Sketch of the medical history of the native army of Bombay, for the year
Year: 1870
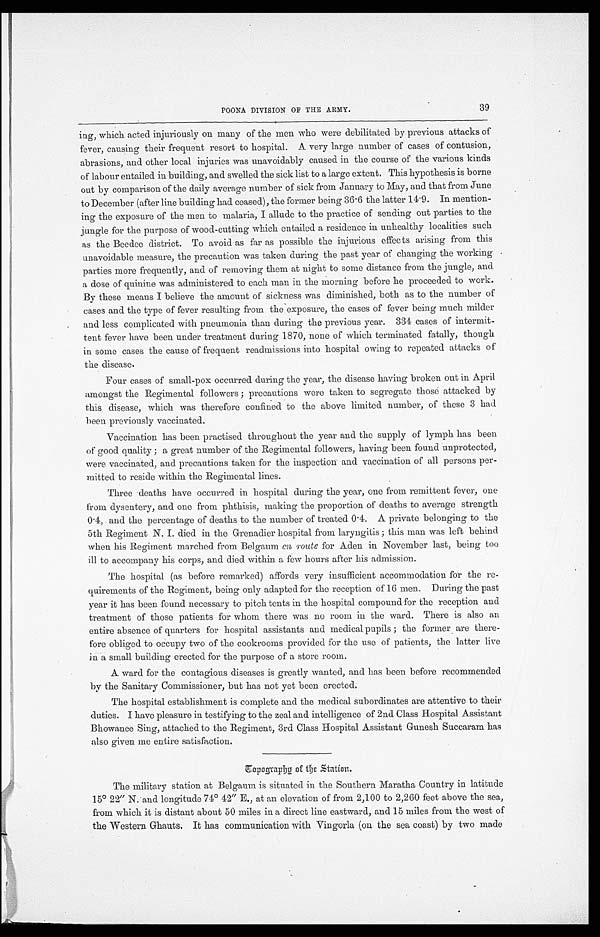
39
POONA DIVISION OF THE ARMY.
ing, which acted injuriously on many of the men who were debilitated by previous attacks of
fever, causing their frequent resort to hospital. A very large number of cases of contusion,
abrasions, and other local injuries was unavoidably caused in the course of the various kinds
of labour entailed in building, and swelled the sick list to a large extent. This hypothesis is borne
out by comparison of the daily average number of sick from January to May, and that from June
to December (after line building had ceased), the former being 36.6 the latter 14.9. In mention
-ing the exposure of the men to malaria, I allude to the practice of sending out parties to the
jungle for the purpose of wood-cutting which entailed a residence in unhealthy localities such
as the Beedee district. To avoid as far as possible the injurious effects arising from this
unavoidable measure, the precaution was taken during the past year of changing the working
parties more frequently, and of removing them at night to some distance from the jungle, and
a dose of quinine was administered to each man in the morning before he proceeded to work.
By these means I believe the amount of sickness was diminished, both as to the number of
cases and the type of fever resulting from the exposure, the cases of fever being much milder
and less complicated with pneumonia than during the previous year. 334 cases of intermit
-tent fever have been under treatment during 1870, none of which terminated fatally, though
in some cases the cause of frequent readmissions into hospital owing to repeated attacks of
the disease.
Four cases of small-pox occurred during the year, the disease having broken out in April
amongst the Regimental followers; precautions were taken to segregate those attacked by
this disease, which was therefore confined to the above limited number, of these 3 had
been previously vaccinated.
Vaccination has been practised throughout the year and the supply of lymph has been
of good quality; a great number of the Regimental followers, having been found unprotected,
were vaccinated, and precautions taken for the inspection and vaccination of all persons per
-mitted to reside within the Regimental lines.
Three deaths have occurred in hospital during the year, one from remittent fever, one
from dysentery, and one from phthisis, making the proportion of deaths to average strength
0.4, and the percentage of deaths to the number of treated 0.4. A private belonging to the
5th Regiment N. I. died in the Grenadier hospital from laryngitis; this man was left behind
when his Regiment marched from Belgaum en route for Aden in November last, being too
ill to accompany his corps, and died within a few hours after his admission.
The hospital (as before remarked) affords very insufficient accommodation for the re
- q u i r e m e n t s o f t h e R e g i m e n t , b e i n g o n l y a d a p t e d f o r t h e r e c e p t i o n o f 1 6 m e n . D u r i n g t h e p a s t
year it has been found necessary to pitch tents in the hospital compound for the reception and
treatment of those patients for whom there was no room in the ward. There is also an
entire absence of quarters for hospital assistants and medical pupils; the former are there
- f o r e o b l i g e d t o o c c u p y t w o o f t h e c o o k r o o m s p r o v i d e d f o r t h e u s e o f p a t i e n t s , t h e l a t t e r l i v e
in a small building erected for the purpose of a store room.
A ward for the contagious diseases is greatly wanted, and has been before recommended
by the Sanitary Commissioner, but has not yet been erected.
The hospital establishment is complete and the medical subordinates are attentive to their
duties. I have pleasure in testifying to the zeal and intelligence of 2nd Class Hospital Assistant
Bhowanee Sing, attached to the Regiment, 3rd Class Hospital Assistant Gunesh Succaram has
also given me entire satisfaction.
Topography of the Station.
The military station at Belgaum is situated in the Southern Maratha Country in latitude
15° 22" N. and longitude 74° 42" E., at an elevation of from 2,100 to 2,260 feet above the sea,
from which it is distant about 50 miles in a direct line eastward, and 15 miles from the west of
the Western Ghauts. It has communication with Vingorla (on the sea coast) by two made